Leaving Certificate Examination, 1906
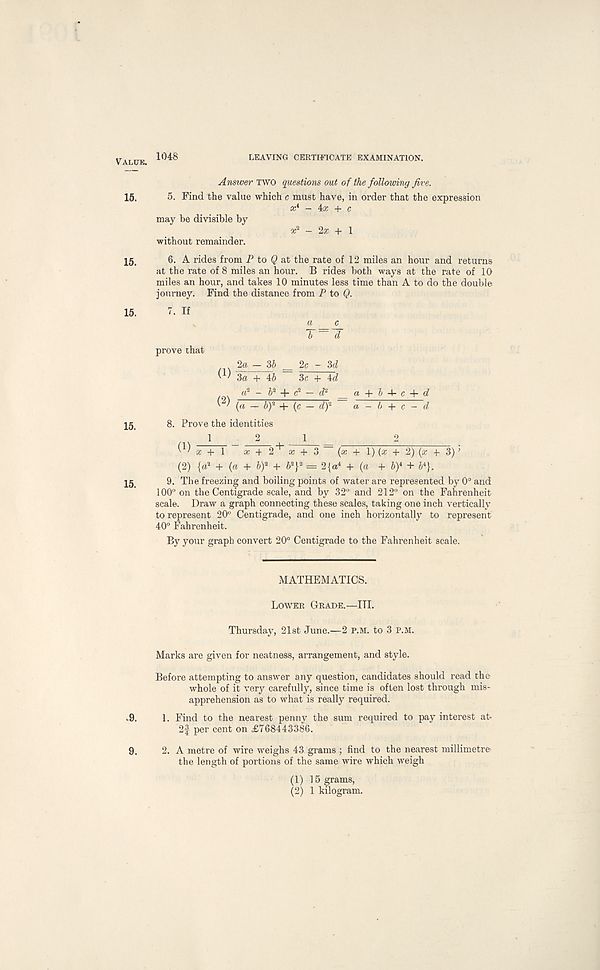
Value. 1048
LEAVING CERTIFICATE EXAMINATION.
15.
15.
15.
15.
15.
Answer TWO questions out of the following five.
5. Find the value which c must have, in order that the expression
a; 4 -- 4a; + c
may be divisible by
a; 2 - 2a; + 1
without remainder.
6. A rides from P to # at the rate of 12 miles an hour and returns
at the rate of 8 miles an hour. B rides both ways at the rate of 10
miles an hour, and takes 10 minutes less time than A to do the double
journey. Find the distance from P to Q.
7. If
a
T~ d
prove that
2a — Zb 2c - 3d
3« + A: b ~ 3c + 4d
a* _ £ 2 -f - d 2
= a + b A- c -\- d
(a — by + (c — d) 2 a - b + c - d
8. Prove the identities
12
1
2
a; + 1 a: + 2 + a; + 3 ~ (a; + 1) (a; + 2) (a; + 3) j
(2) {a 2 + (a + by + 6 2 } 2 = 2{a 4 + (a + by + & 4 }.
9. The freezing and boiling points of water are represented by 0° and
100° on the Centigrade scale, and by 32° and 212° on the Fahrenheit
scale. Draw a graph connecting these scales, taking one inch vertically
to represent 20° Centigrade, and one inch horizontally to represent
40° Fahrenheit.
By your graph convert 20° Centigrade to the Fahrenheit scale.
MATHEMATICS.
Lower Grade.—III.
Thursday, 21st June.—2 P.M. to 3 p.m.
Marks are given for neatness, arrangement, and style.
Before attempting to answer any question, candidates should read the
whole of it very carefully, since time is often lost through mis-
apprehension as to what is really required.
.9. 1. Find to the nearest penny the sum required to pay interest at-
2f per cent on £768443386.
9. 2. A metre of wire weighs 43 grams ; find to the nearest millimetre
the length of portions of the same wire which weigh
(1) 15 grams,
(2) 1 kilogram.